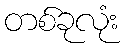
တစ်ခုလုံး